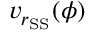
v _ { r _ { \mathrm { S S } } } ( \phi )